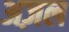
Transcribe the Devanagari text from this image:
अज़ल